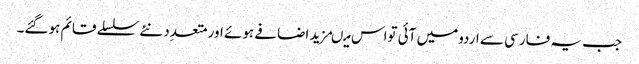
جب یہ فارسی سے اردومیں آئی تواس میںمزید اضافے ہوئے اورمتعدِد نئے سلسلے قائم ہوگئے۔